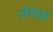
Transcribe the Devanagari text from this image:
लैनेक